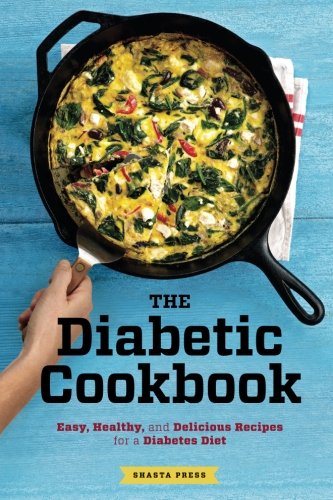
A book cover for Diabetic Cookbook: Easy, Healthy, and Delicious Recipes for a Diabetes Diet; Shasta Press; Cookbooks, Food & Wine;